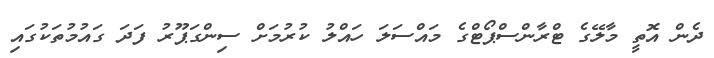
ދެން އޮތީ މާލޭގެ ޓްރާންސްޕޯޓްގެ މައްސަލަ ހައްލު ކުރުމަށް ސިންގަޕޫރު ފަދަ ގައުމުތަކުގައި